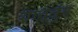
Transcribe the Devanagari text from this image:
शान्तुंग